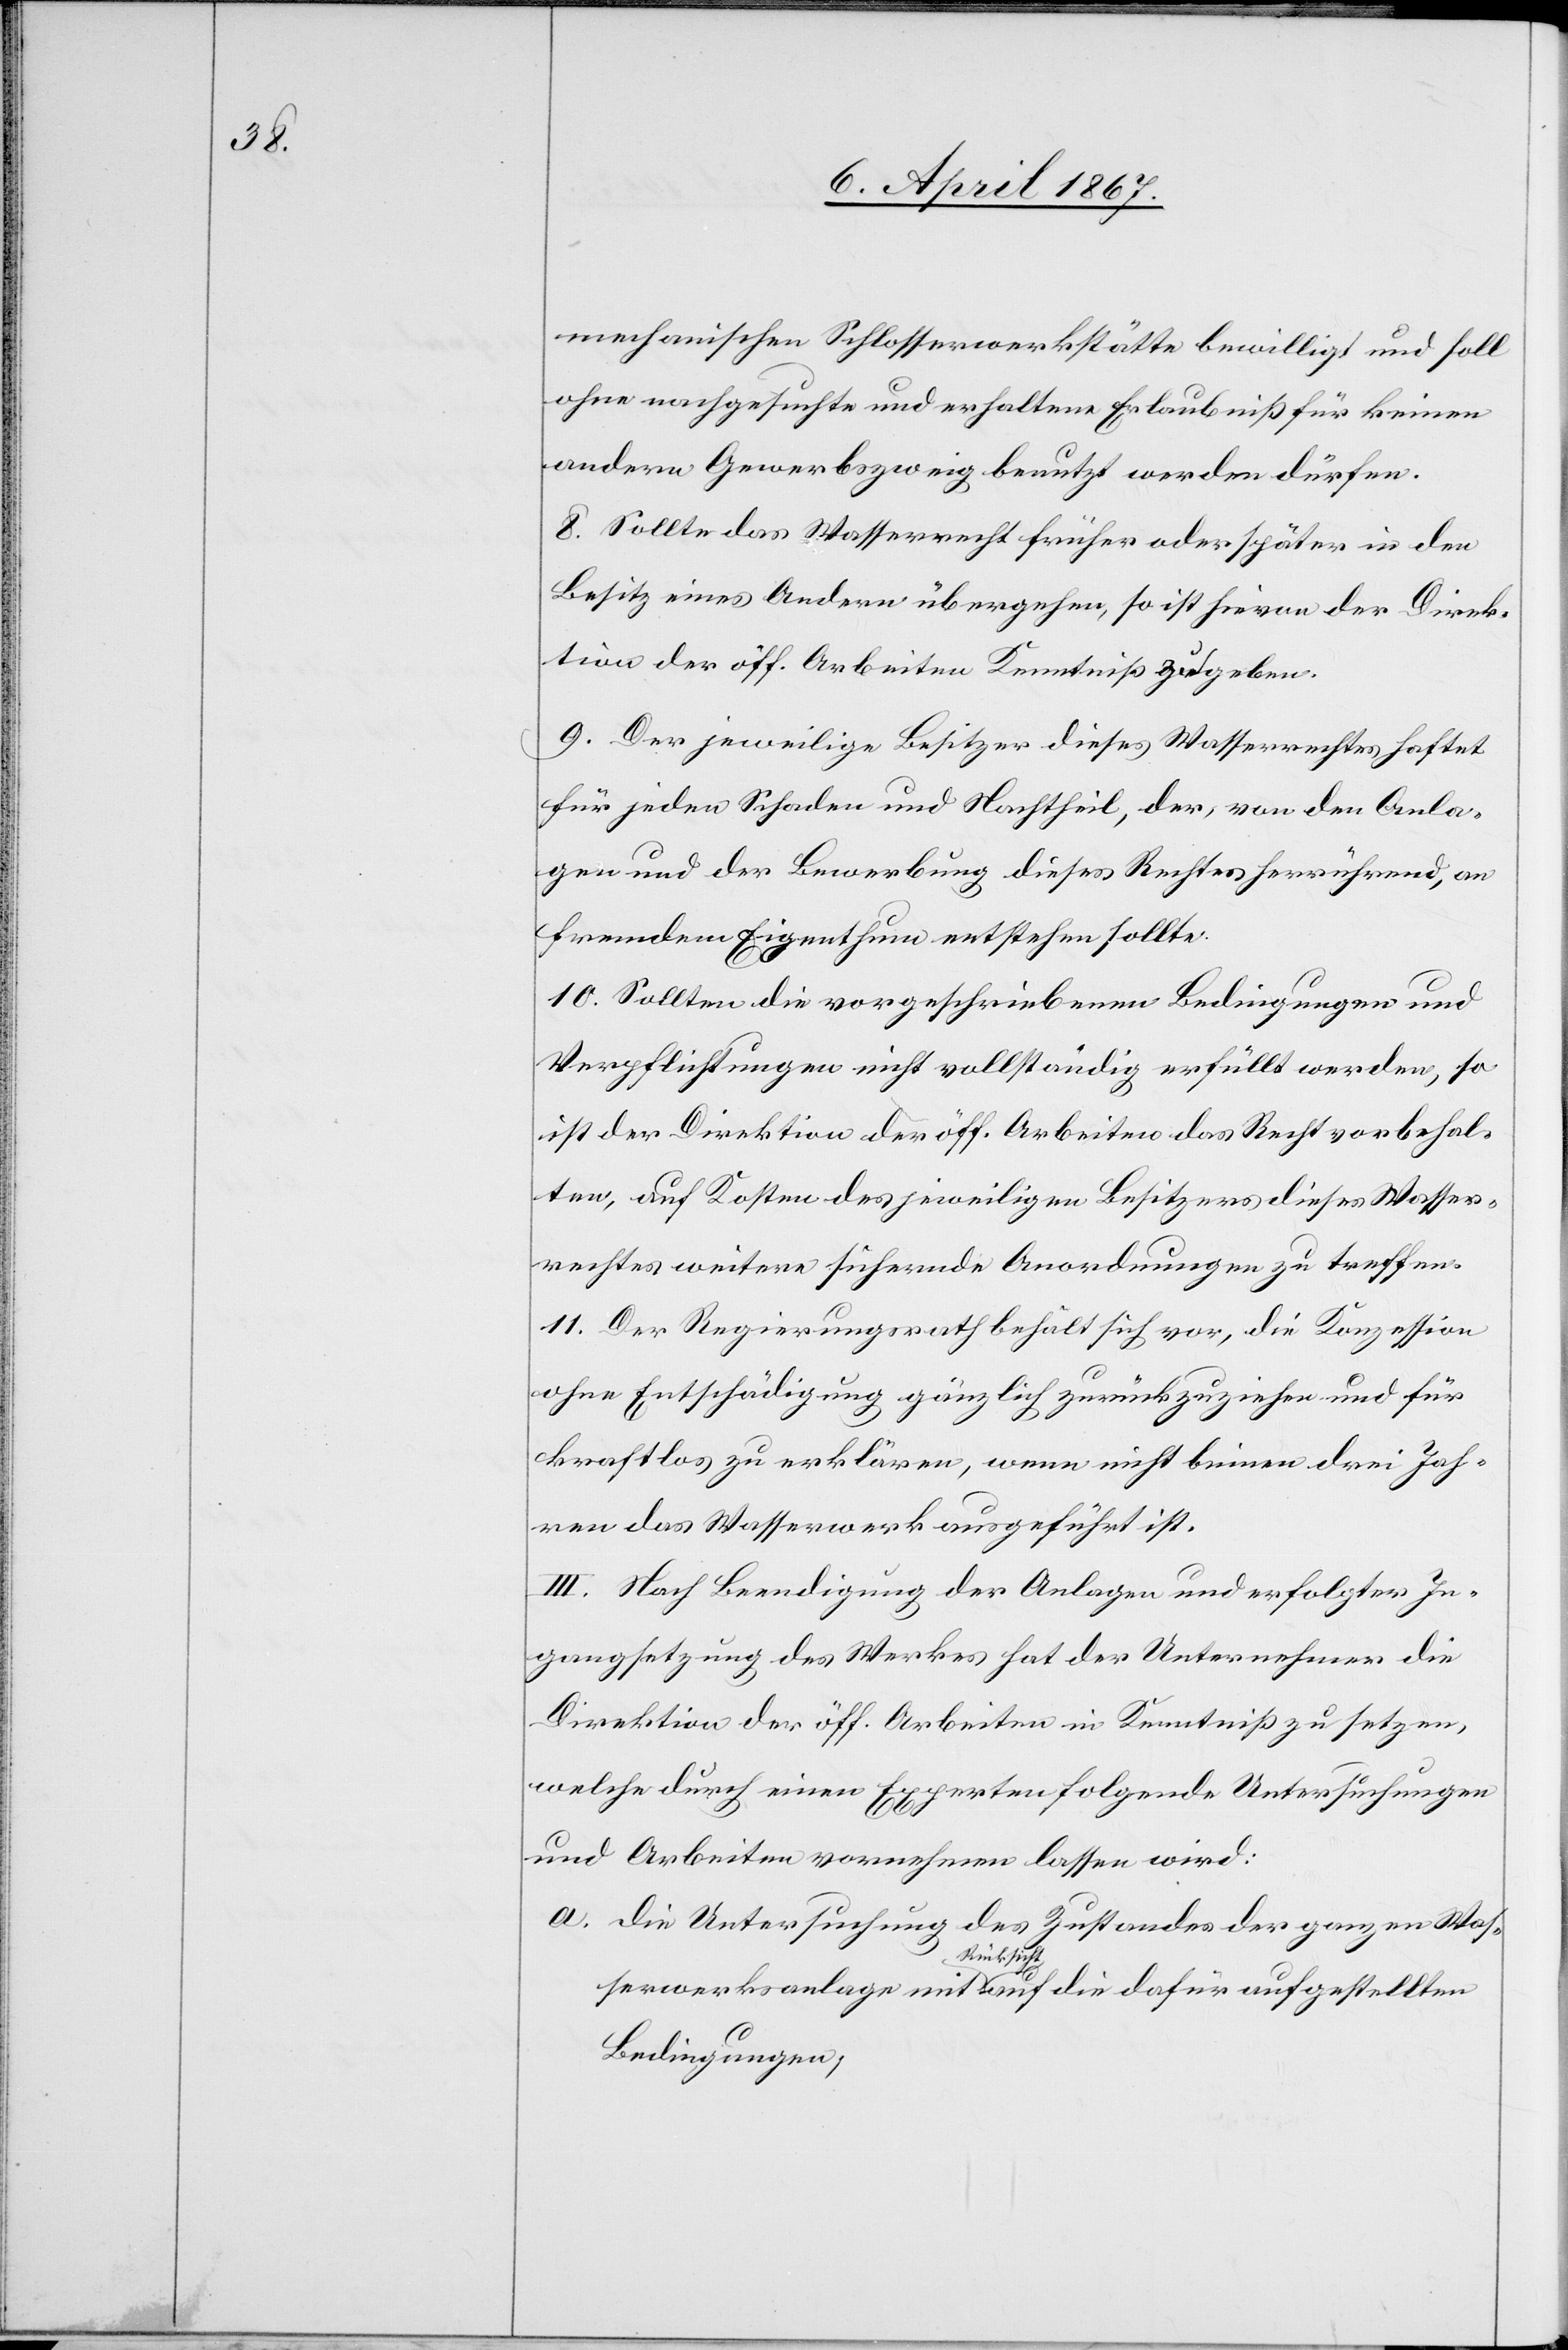
mechanischen Schlosserwerkstätte bewilligt und soll
ohne nachgesuchte und erhaltene Erlaubniß für keinen
andern Gewerbszweig benutzt werden dürfen.
8. Sollte das Wasserrecht früher oder später in den
Besitz eines Andern übergehen, so ist hievon der Direk¬
tion der öff. Arbeiten Kenntniß zu geben.
9. Der jeweilige Besitzer dieses Wasserrechtes haftet
für jeden Schaden und Nachtheil, der, von den Anla¬
gen und der Bewerbung dieses Rechtes herrührend, an
fremdem Eigenthum entstehen sollte.
10. Sollten die vorgeschriebenen Bedingungen und
Verpflichtungen nicht vollständig erfüllt werden, so
ist der Direktion der öff. Arbeiten das Recht vorbehal¬
ten, auf Kosten des jeweiligen Besitzers dieses Wasser¬
rechtes weitere sichernde Anordnungen zu treffen.
11. Der Regierungsrath behält sich vor, die Konzession
ohne Entschädigung gänzlich zurückzuziehen und für
kraftlos zu erklären, wenn nicht binnen drei Jah¬
ren das Wasserwerk ausgeführt ist.
III. Nach Beendigung der Anlagen und erfolgter In¬
gangsetzung des Werkes hat der Unternehmer die
Direktion der öff. Arbeiten in Kenntniß zu setzen,
welche durch einen Experten folgende Untersuchungen
und Arbeiten vornehmen lassen wird:
a.	Die Untersuchung des Zustandes der ganzen Was¬
serwerksanlage mit Rücksicht auf die dafür aufgestellten
Bedingungen,